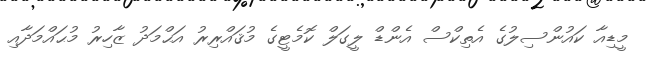
މީޑިއާ ކައުންސިލުގެ އެތިކްސް އެންޑް ލީގަލް ކޮމެޓީގެ މުޤައްރިރު އަޙްމަދު ޒާހިރު މުޙައްމަދާއި